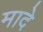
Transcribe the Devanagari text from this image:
मादे